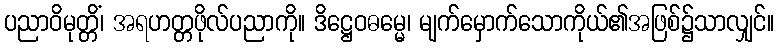
ပညာဝိမုတ္တိံ၊ အရဟတ္တဖိုလ်ပညာကို။ ဒိဋ္ဌေဝဓမ္မေ၊ မျက်မှောက်သောကိုယ်၏အဖြစ်၌သာလျှင်။